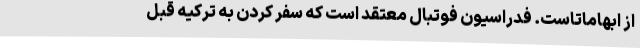
از ابهاماتاست. فدراسیون فوتبال معتقد است که سفر کردن به ترکیه قبل